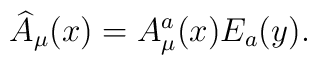
\widehat{A}_\mu (x)=A_\mu ^a(x)E_a(y).